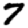
Digit: 7